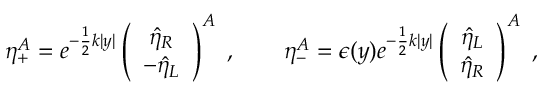
\eta _ { + } ^ { A } = e ^ { - \frac { 1 } { 2 } k | y | } \left( \begin{array} { c } { { \hat { \eta } _ { R } } } \\ { { - \hat { \eta } _ { L } } } \end{array} \right) ^ { A } \ , \qquad \eta _ { - } ^ { A } = \epsilon ( y ) e ^ { - \frac { 1 } { 2 } k | y | } \left( \begin{array} { c } { { \hat { \eta } _ { L } } } \\ { { \hat { \eta } _ { R } } } \end{array} \right) ^ { A } \ ,